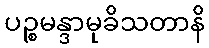
ပဉ္စမန္ဒာမုခိသတာနိ